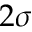
2 \sigma